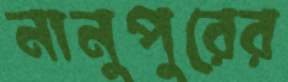
নানুপুরের